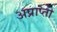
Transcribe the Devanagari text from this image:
अप्राप्ती